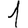
Digit: 1